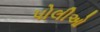
પોલીઓ